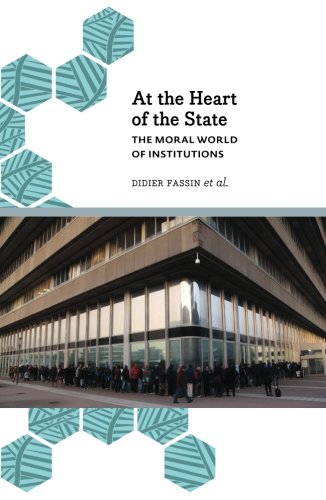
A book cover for At the Heart of the State: The Moral World of Institutions (Anthropology, Culture & Society); Didier Fassin; Politics & Social Sciences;